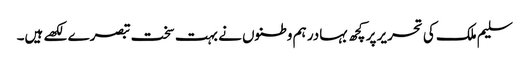
سلیم ملک کی تحریر پر کچھ بہادر ہم وطنوں نے بہت سخت تبصرے لکھے ہیں۔